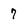
Character: 7